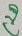
Text: C20